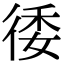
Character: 㣦